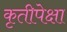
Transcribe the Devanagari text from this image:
कृतीपेक्षा